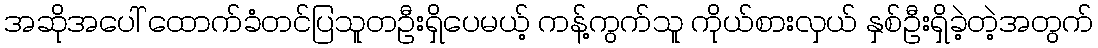
အဆိုအပေါ် ထောက်ခံတင်ပြသူတဦးရှိပေမယ့် ကန့်ကွက်သူ ကိုယ်စားလှယ် နှစ်ဦးရှိခဲ့တဲ့အတွက်